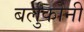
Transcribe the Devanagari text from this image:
बर्लुकोनी